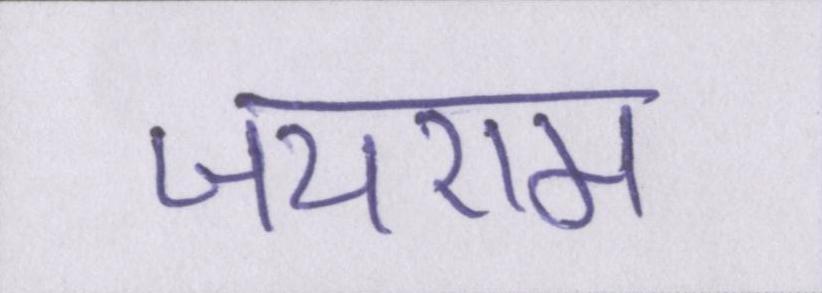
जयराम